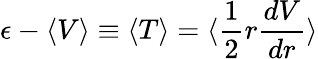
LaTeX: \epsilon-\langle V\rangle\equiv\langle T\rangle=\langle\frac{1}{2}r\frac{dV}{dr}\rangle